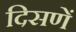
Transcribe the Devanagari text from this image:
दिसणें